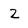
Character: 2